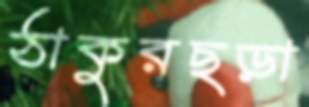
ঠাকুরছড়া